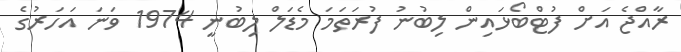
ރާއްޖެ އަށް ފުޓްބޯޅައިން ލިބުނު ފުރަތަމަ މެޑަލް ލިބުނީ 1974 ވަނަ އަހަރުގެ